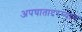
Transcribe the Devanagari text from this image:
अपघातादरम्यान